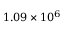
1 . 0 9 \times 1 0 ^ { 6 }